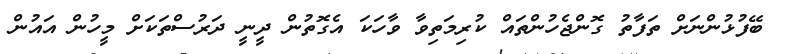
ބޭފުޅުންނަށް ތަފާތު ގޮންޖެހުންތައް ކުރިމަތިވާ ވާހަކަ އެގޮތުން ދީނީ ދަރުސްތަކަށް މީހުން އައުން